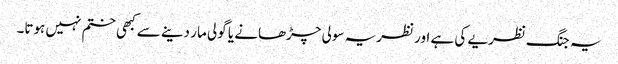
یہ جنگ نظریے کی ہے اور نظریہ سولی چڑھانے یا گولی مار دینے سے کبھی ختم نہیں ہوتا۔